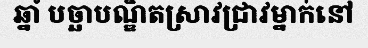
ឆ្នាំ បច្ឆាបណ្ឌិតស្រាវជ្រាវម្នាក់នៅ